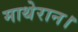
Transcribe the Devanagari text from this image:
माथेरान।